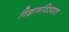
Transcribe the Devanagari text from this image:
विज्ञानविश्वात